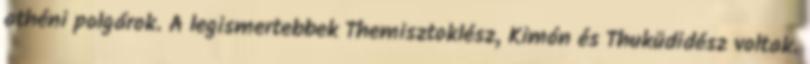
athéni polgárok. A legismertebbek Themisztoklész, Kimón és Thuküdidész voltak.